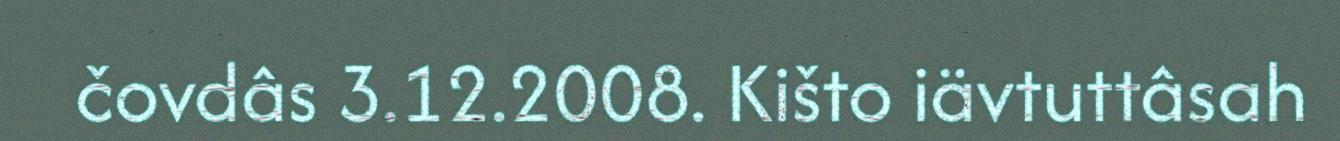
čovdâs 3.12.2008. Kišto iävtuttâsah